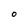
Character: 0